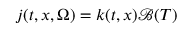
j ( t , x , \Omega ) = k ( t , x ) \mathcal { B } ( T )